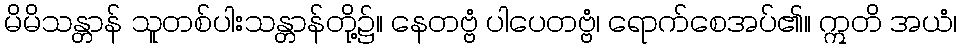
မိမိသန္တာန် သူတစ်ပါးသန္တာန်တို့၌။ နေတဗ္ဗံ ပါပေတဗ္ဗံ၊ ရောက်စေအပ်၏။ ဣတိ အယံ၊